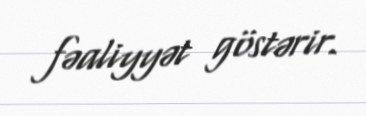
fəaliyyət göstərir.